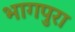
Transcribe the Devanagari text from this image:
भागपुरा